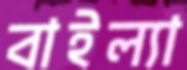
বাইল্যা